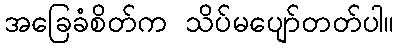
အခြေခံစိတ်က သိပ်မပျော်တတ်ပါ။